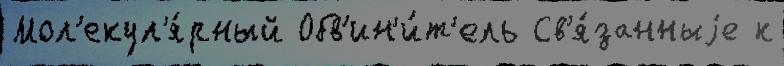
Мол'екул'я́рный Обв'ин'и́т'ель Св'я́занныjе к